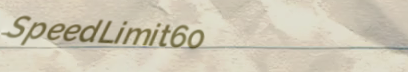
SpeedLimit60